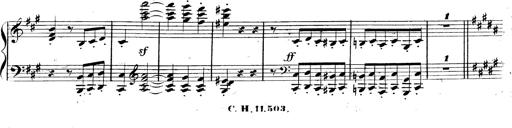
Title: 3 Caprices-Valses
Composer: Franz Liszt